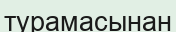
турамасынан